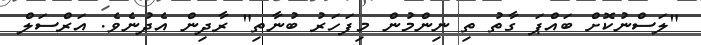
"ލަސްނުކޮށް ބައްޕަ ގާތު ތި ނިންމުން މިފަހަރު ބުނާތި" ރާދިން އެދުނެވެ. އަރްސަލް